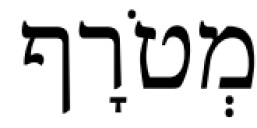
מְטֹרָף